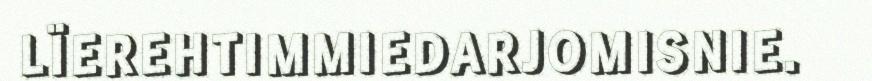
LÏEREHTIMMIEDARJOMISNIE.